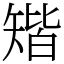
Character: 𥏪